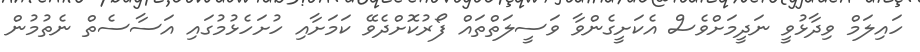
ހައިލަމް ވިދާޅުވީ ނަދީމަށްވެސް އެކަށީގެންވާ ވަސީލަތްތައް ފޯރުކޮށްދެވޭ ކަމަށާއި ހުށަހެޅުމުގައި އަސާސެތް ނެތުމުން